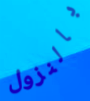
بالنزول